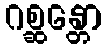
ဂစ္ဆန္တော